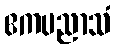
ဧကပညာသံ